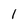
Character: 1